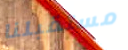
مستقبلنا